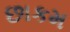
છાકમ